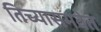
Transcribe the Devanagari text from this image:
तिच्यासमवेत